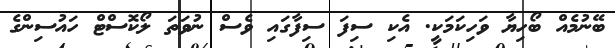
ބޭނުމެއް ބޯހިޔާ ވަހިކަމަކީ. އެކި ސިފަ ސިފާގައި ވެސް ނުވަތަ ލޯކޮސްޓް ހައުސިންގެ